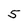
Character: 5